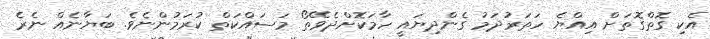
އެކި ގޮތްގޮތަށް އިއްޔެ ހަތަރުދަމު ގެންދިޔައީ ހާމަކޮށްދެވޭތޯ މަސައްކަތް ކުރަމުންނެވެ. ބަޔާނެއް ނެރެ